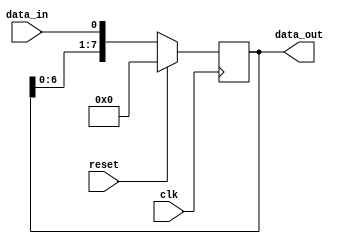
module serial_in_parallel_out(
    input clk,     // Clock signal for synchronization
    input reset,   // Reset signal to clear the stored data
    input data_in, // Serial data input
    output reg [7:0] data_out // Parallel data output
);

reg [7:0] reg_data; // Register to store the incoming data

always @(posedge clk) begin
    if (reset) begin
        reg_data <= 8'b0; // Clear the stored data on reset
    end else begin
        reg_data <= {reg_data[6:0],data_in}; // Shift in the new data bit
    end
end

assign data_out = reg_data; // Output the stored data in parallel

endmodule